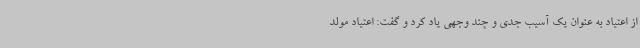
از اعتیاد به عنوان یک آسیب جدی و چند وجهی یاد کرد و گفت: اعتیاد مولد